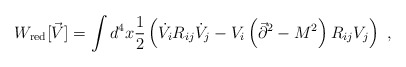
\begin{align*}W_{\rm red}[\vec{V}]=\int d^4x {1\over 2}\left(\dot{V}_iR_{ij}\dot{V}_j-V_i\left(\vec{\partial}^2-M^2\right)R_{ij}V_j\right)~,\end{align*}